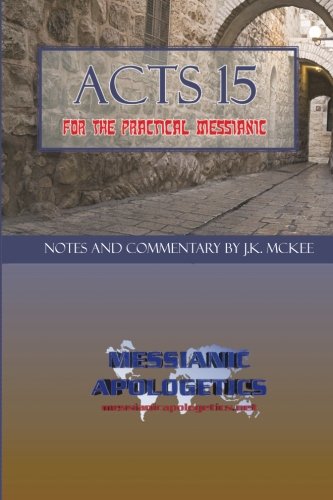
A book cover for Acts 15 for the Practical Messianic; J.K. McKee; Christian Books & Bibles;